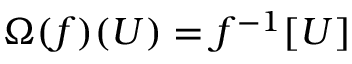
\Omega ( f ) ( U ) = f ^ { - 1 } [ U ]